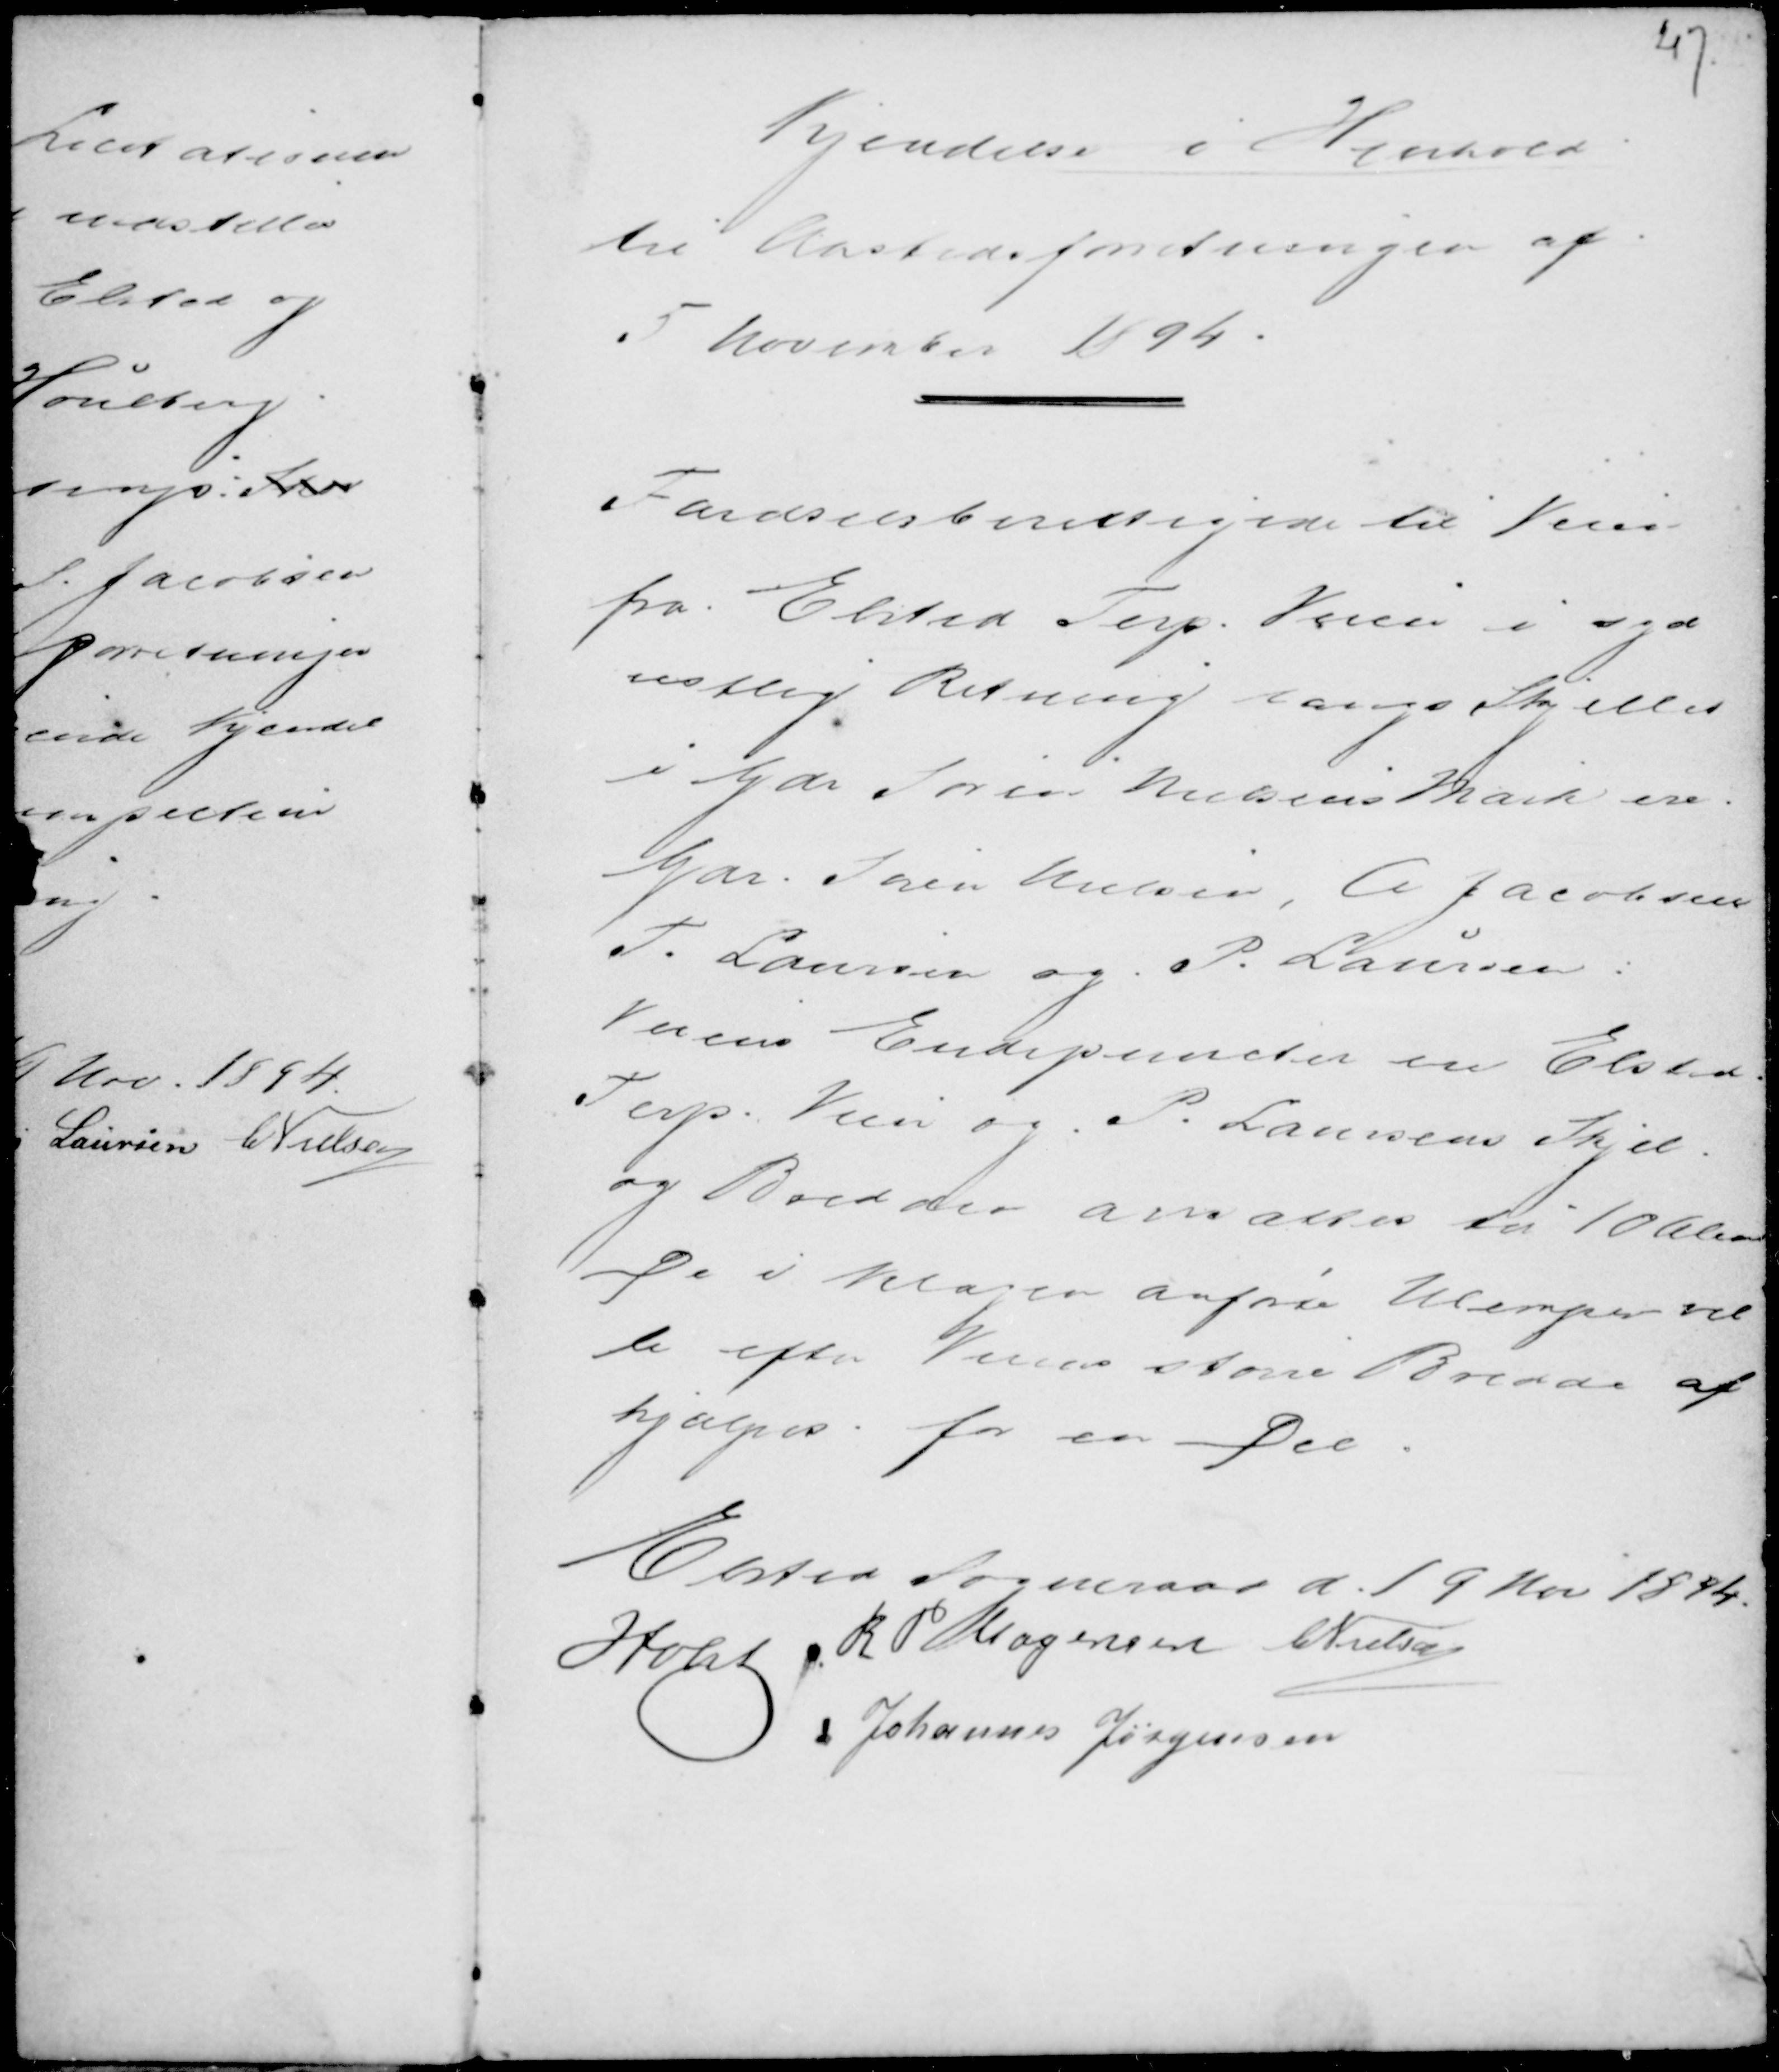
Transskription:
Kjendelse i Henhold
til Aastedsforretningen af
5 November 1894.

Færdselsberettigede til Veien
fra Elsted Terp. Veien i syd-
vestlig Retning langs Skjellet
i Gdr. Søren Nielsens Mark ere.
Gdr. Søren Nielsen, A. Jacobsen
T. Laursen og P. Laursen:
Veiens Ende Endepuncter ere Elsted.
Terp Veien og i P. Laursens Skjel
og Bredden ansattes til 10 Alen.
De i klagen anførte Ulemper vil
le efter Veiens større Bredde af
hjælpes for en Del.

Elsted Sogneraad d. 19 Nov 1894.
Holst R P Mogensen C Nielsen
Johannes Jørgensen